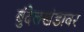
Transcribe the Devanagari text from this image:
बुंदेलखंडावर